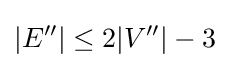
|E''|\leq 2|V''|-3